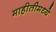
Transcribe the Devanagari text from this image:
माहीतीमध्ये